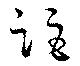
距